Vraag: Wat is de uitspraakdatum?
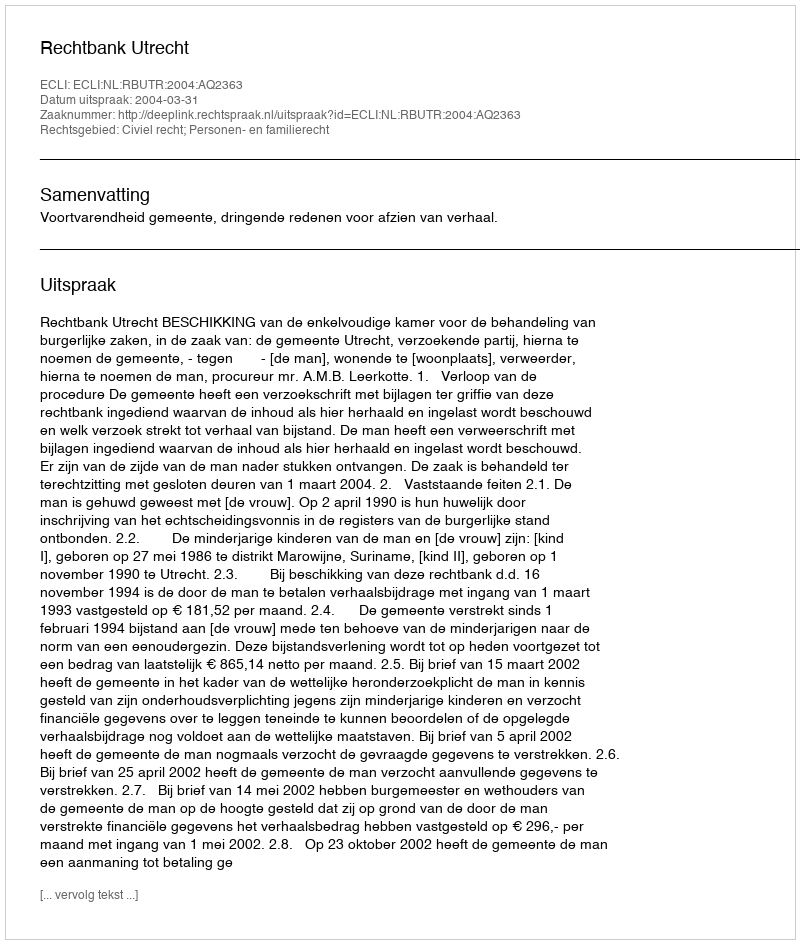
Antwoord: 2004-03-31